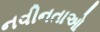
નવીનતાઓ